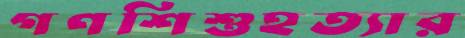
গণশিশুহত্যার